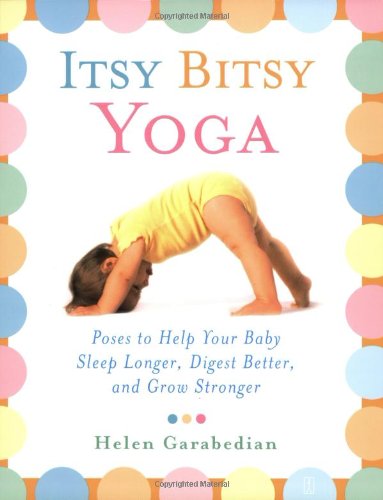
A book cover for Itsy Bitsy Yoga: Poses to Help Your Baby Sleep Longer, Digest Better, and Grow Stronger; Helen Garabedian; Health, Fitness & Dieting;